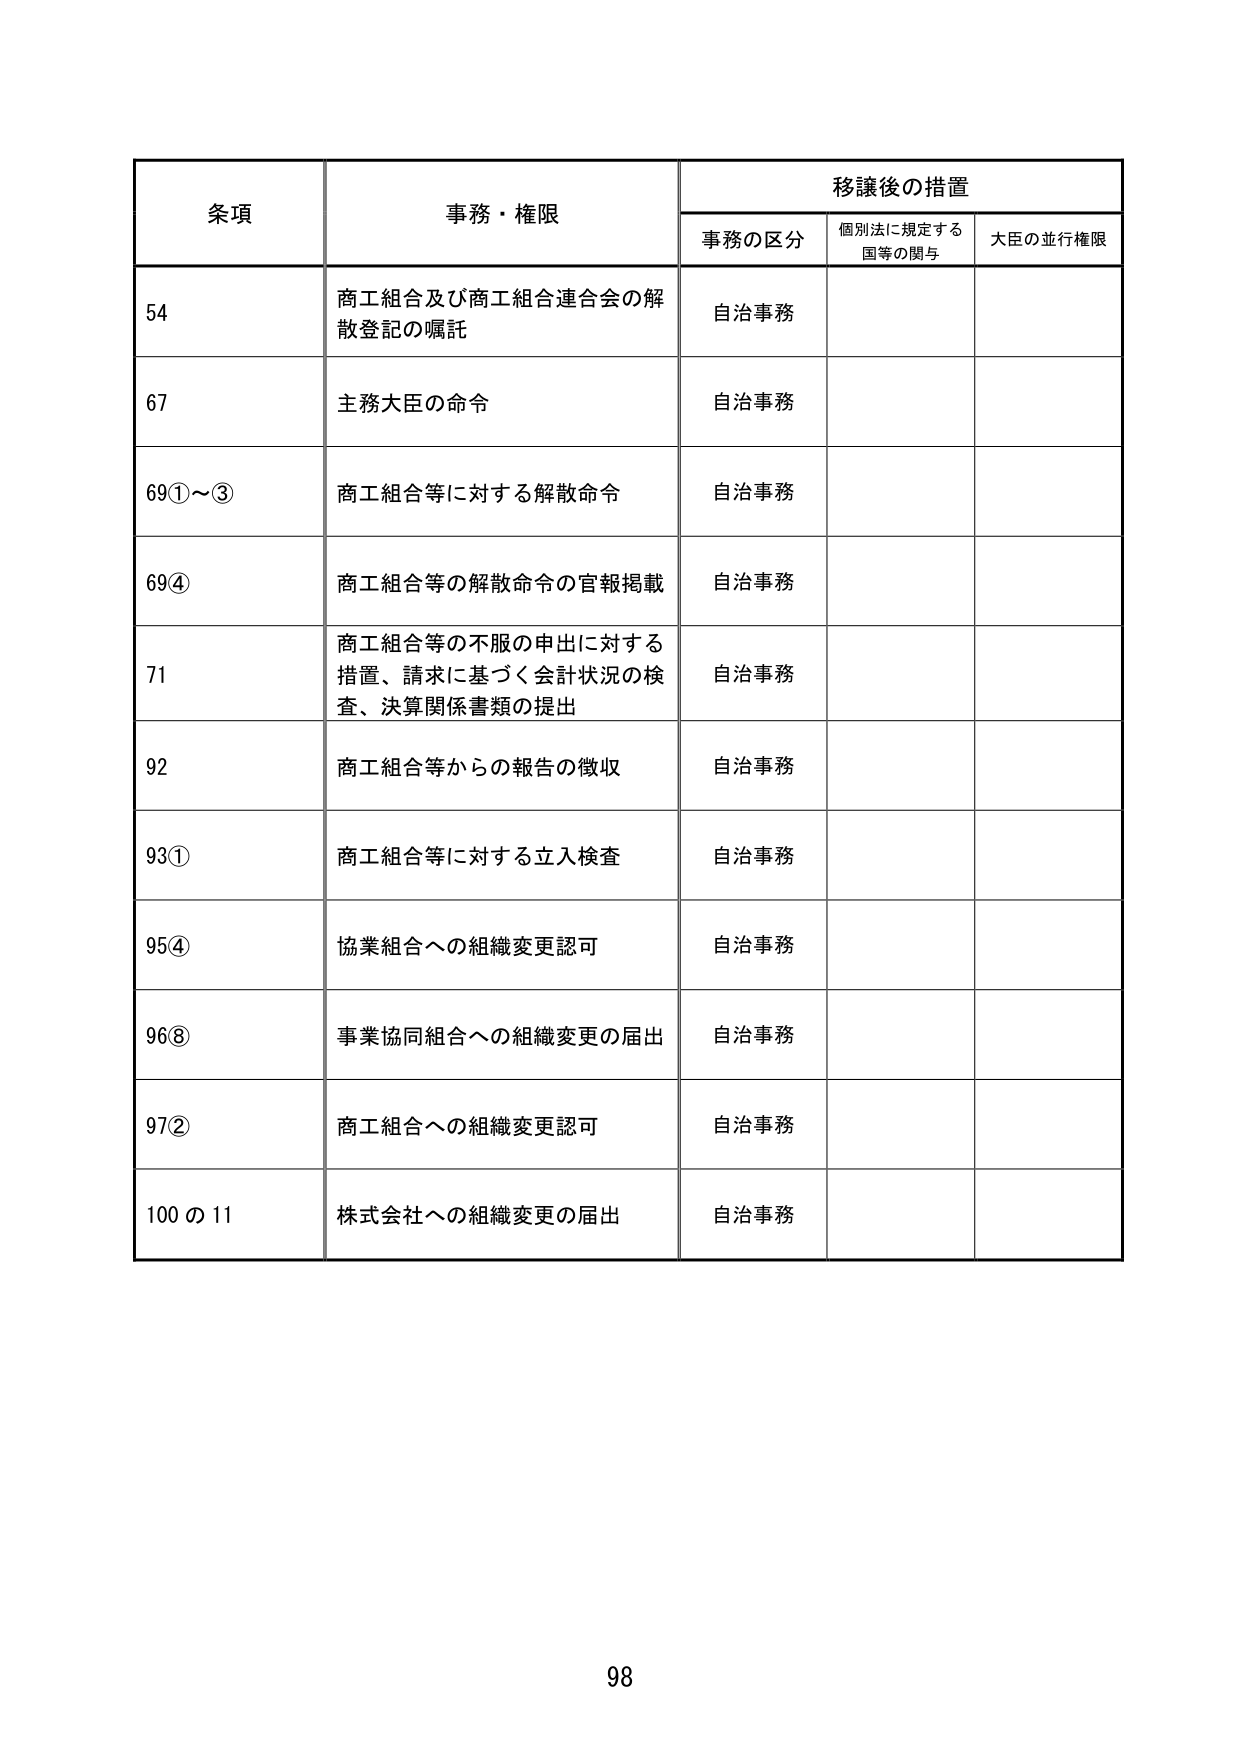
条項 事務・権限 移譲後の措置
事務の区分 個別法に規定する 国等の関与 大臣の並行権限
54 商工組合及び商工組合連合会の解散登記の嘱託 自治事務
67 主務大臣の命令 自治事務
69①～③ 商工組合等に対する解散命令 自治事務
69④ 商工組合等の解散命令の官報掲載 自治事務
71 商工組合等の不服の申出に対する措置、請求に基づく会計状況の検査、決算関係書類の提出 自治事務
92 商工組合等からの報告の徴収 自治事務
93① 商工組合等に対する立入検査 自治事務
95④ 協業組合への組織変更認可 自治事務
96⑧ 事業協同組合への組織変更の届出 自治事務
97② 商工組合への組織変更認可 自治事務
100の11 株式会社への組織変更の届出 自治事務
98